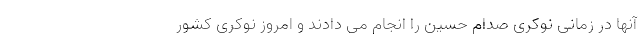
آنها در زمانی نوکری صدام حسین را انجام می دادند و امروز نوکری کشور